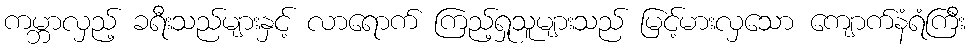
ကမ္ဘာလှည့် ခရီးသည်များနှင့် လာရောက် ကြည့်ရှုသူများသည် မြင့်မားလှသော ကျောက်နံရံကြီး